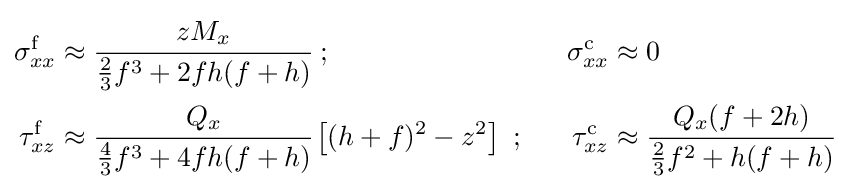
{\begin{aligned}\sigma _{xx}^{\mathrm {f} }&\approx {\cfrac {zM_{x}}{{\frac {2}{3}}f^{3}+2fh(f+h)}}~;~~&\sigma _{xx}^{\mathrm {c} }&\approx 0\\\tau _{xz}^{\mathrm {f} }&\approx {\cfrac {Q_{x}}{{\frac {4}{3}}f^{3}+4fh(f+h)}}\left[(h+f)^{2}-z^{2}\right]~;~~&\tau _{xz}^{\mathrm {c} }&\approx {\cfrac {Q_{x}(f+2h)}{{\frac {2}{3}}f^{2}+h(f+h)}}\end{aligned}}